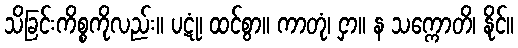
သိခြင်းကိစ္စကိုလည်း။ ပဋုံ၊ ထင်စွာ။ ကာတုံ၊ ငှာ။ န သက္ကောတိ၊ နိုင်။